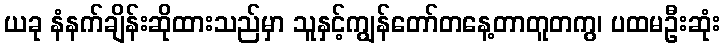
ယခု နံနက်ချိန်းဆိုထားသည်မှာ သူနှင့်ကျွန်တော်တနေ့တာတူတကွ၊ ပထမဦးဆုံး